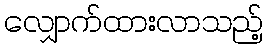
လျှောက်ထားလာသည့်